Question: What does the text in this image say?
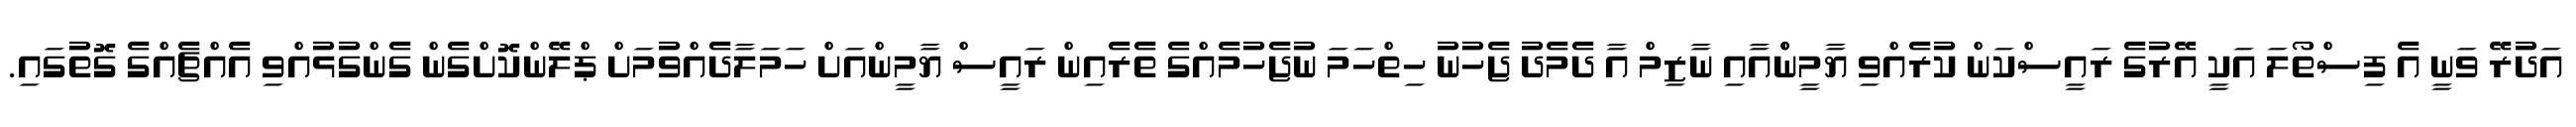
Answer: އަދުރޭ ވަނީ އެ ފިސްތޯލަ އަކީ އޭރުގެ ރައީސްކަން ކުރެއްވި ޔާމީންްއާއި ނާޒިމް އާ ދެމެދު ޖެހުނު ހިތްހަމަ ނުޖެހުމެއްގެ ތެރެއިން ރައީސް ޔާމީންއަށް ހަމަލާދެއްވުމަށް ޕްލޭންކޮށްގެން ގެންގުޅުއްވި އެއްޗެއްގެ ގޮތުގައި.